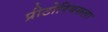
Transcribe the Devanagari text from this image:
प्रीटोरियसला